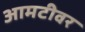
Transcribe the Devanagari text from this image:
आमटीवर